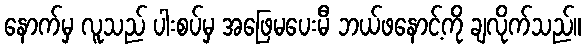
နောက်မှ လူသည် ပါးစပ်မှ အဖြေမပေးမီ ဘယ်ဖနောင့်ကို ချလိုက်သည်။